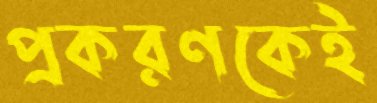
প্রকরণকেই